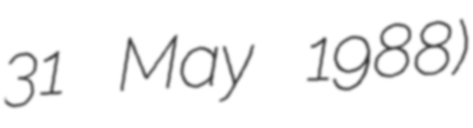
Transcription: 31 May 1988)